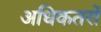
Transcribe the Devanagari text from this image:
अधिकतरों